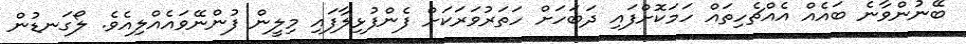
ބޭނުންވާނެ ބައެއް އެއްޗެހިތައް ހަމަކޮށްފައި ދަބަހަށް ހަތަރުވަރަކަށް ފެންފުޅިލާފައި މިލީން ފުންނޭވައެއްލިއެވެ. ލޯގަނޑުން